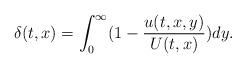
LaTeX: \begin{align*}\delta(t,x)=\int_0^\infty (1-\frac{u(t,x,y)}{U(t,x)}) dy.\end{align*}